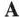
A